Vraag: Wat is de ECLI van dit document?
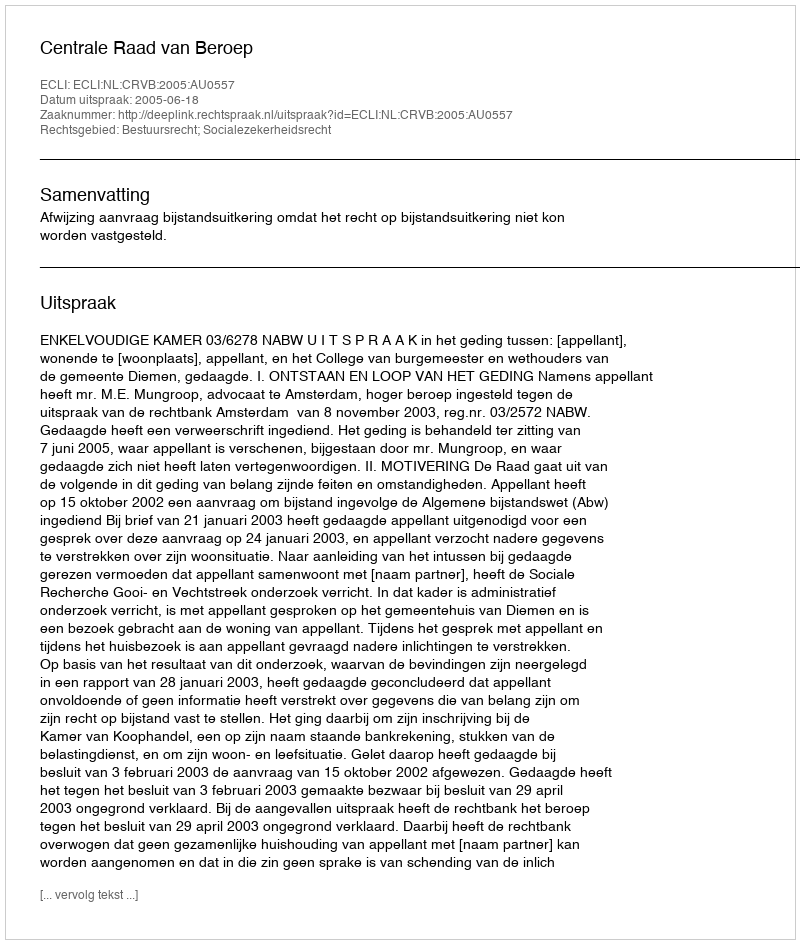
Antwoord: ECLI:NL:CRVB:2005:AU0557